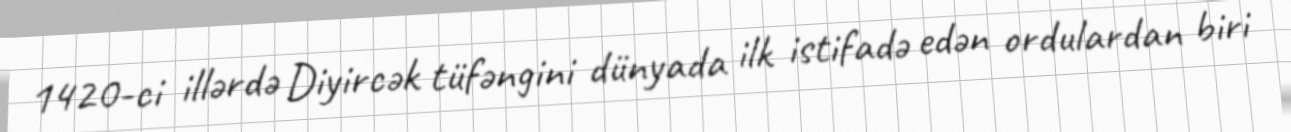
1420-ci illərdə Diyircək tüfəngini dünyada ilk istifadə edən ordulardan biri